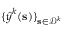
\{ \boldsymbol { { \widehat { y } } } ^ { k } ( \mathbf { s } ) \} _ { \mathbf { s } \in \mathcal { D } ^ { k } }